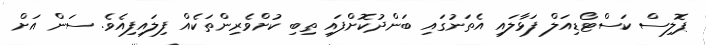
ޕޮލިސް ކަސްޓޯޑިއަލް ފަޅާލައި އެތަނުގައި ބަންދުކޮށްފައި ތިބި ކުށްވެރިންތަކެއް ފިލައިފިއެވެ. ސަން އަށް